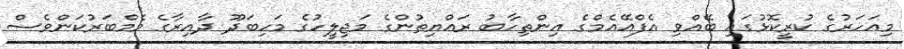
މިއަހަރުގެ ކުރީކޮޅުގައި ބޭއްވި އެފްއޭއެމްގެ އިންތިހާބު ރައްޔިތުންގެ މަޖިލީހުގެ މަހިބަދޫ ދާއިރާގެ މެމްބަރުކަންވެސް